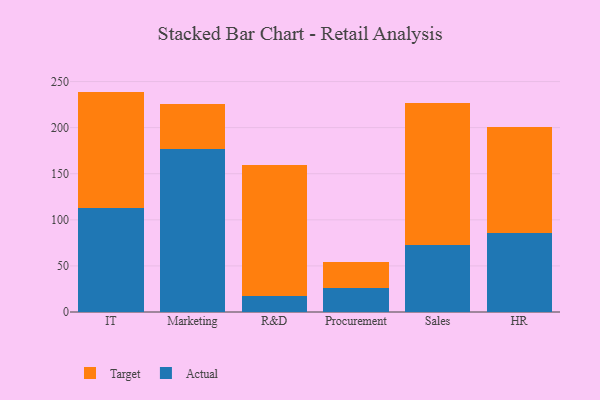
{"axis": {"x": "Department", "y": "Budget (USD K)"}, "legend": ["Actual", "Target"], "data": [{"x": "IT", "y": 112.3, "type": "Actual"}, {"x": "IT", "y": 126.8, "type": "Target"}, {"x": "Marketing", "y": 176.8, "type": "Actual"}, {"x": "Marketing", "y": 48.4, "type": "Target"}, {"x": "R&D", "y": 17.0, "type": "Actual"}, {"x": "R&D", "y": 142.4, "type": "Target"}, {"x": "Procurement", "y": 26.4, "type": "Actual"}, {"x": "Procurement", "y": 27.4, "type": "Target"}, {"x": "Sales", "y": 72.8, "type": "Actual"}, {"x": "Sales", "y": 153.5, "type": "Target"}, {"x": "HR", "y": 85.8, "type": "Actual"}, {"x": "HR", "y": 115.2, "type": "Target"}]}